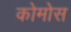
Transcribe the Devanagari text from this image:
कोमोस